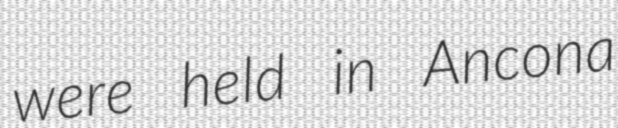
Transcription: were held in Ancona